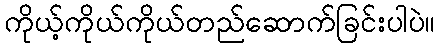
ကိုယ့်ကိုယ်ကိုယ်တည်ဆောက်ခြင်းပါပဲ။